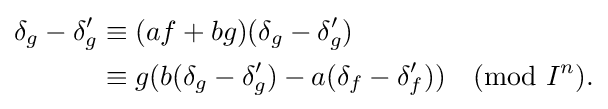
{\begin{aligned}\delta _{g}-\delta '_{g}&\equiv (af+bg)(\delta _{g}-\delta '_{g})\\&\equiv g(b(\delta _{g}-\delta '_{g})-a(\delta _{f}-\delta '_{f})){\pmod {I^{n}}}.\end{aligned}}